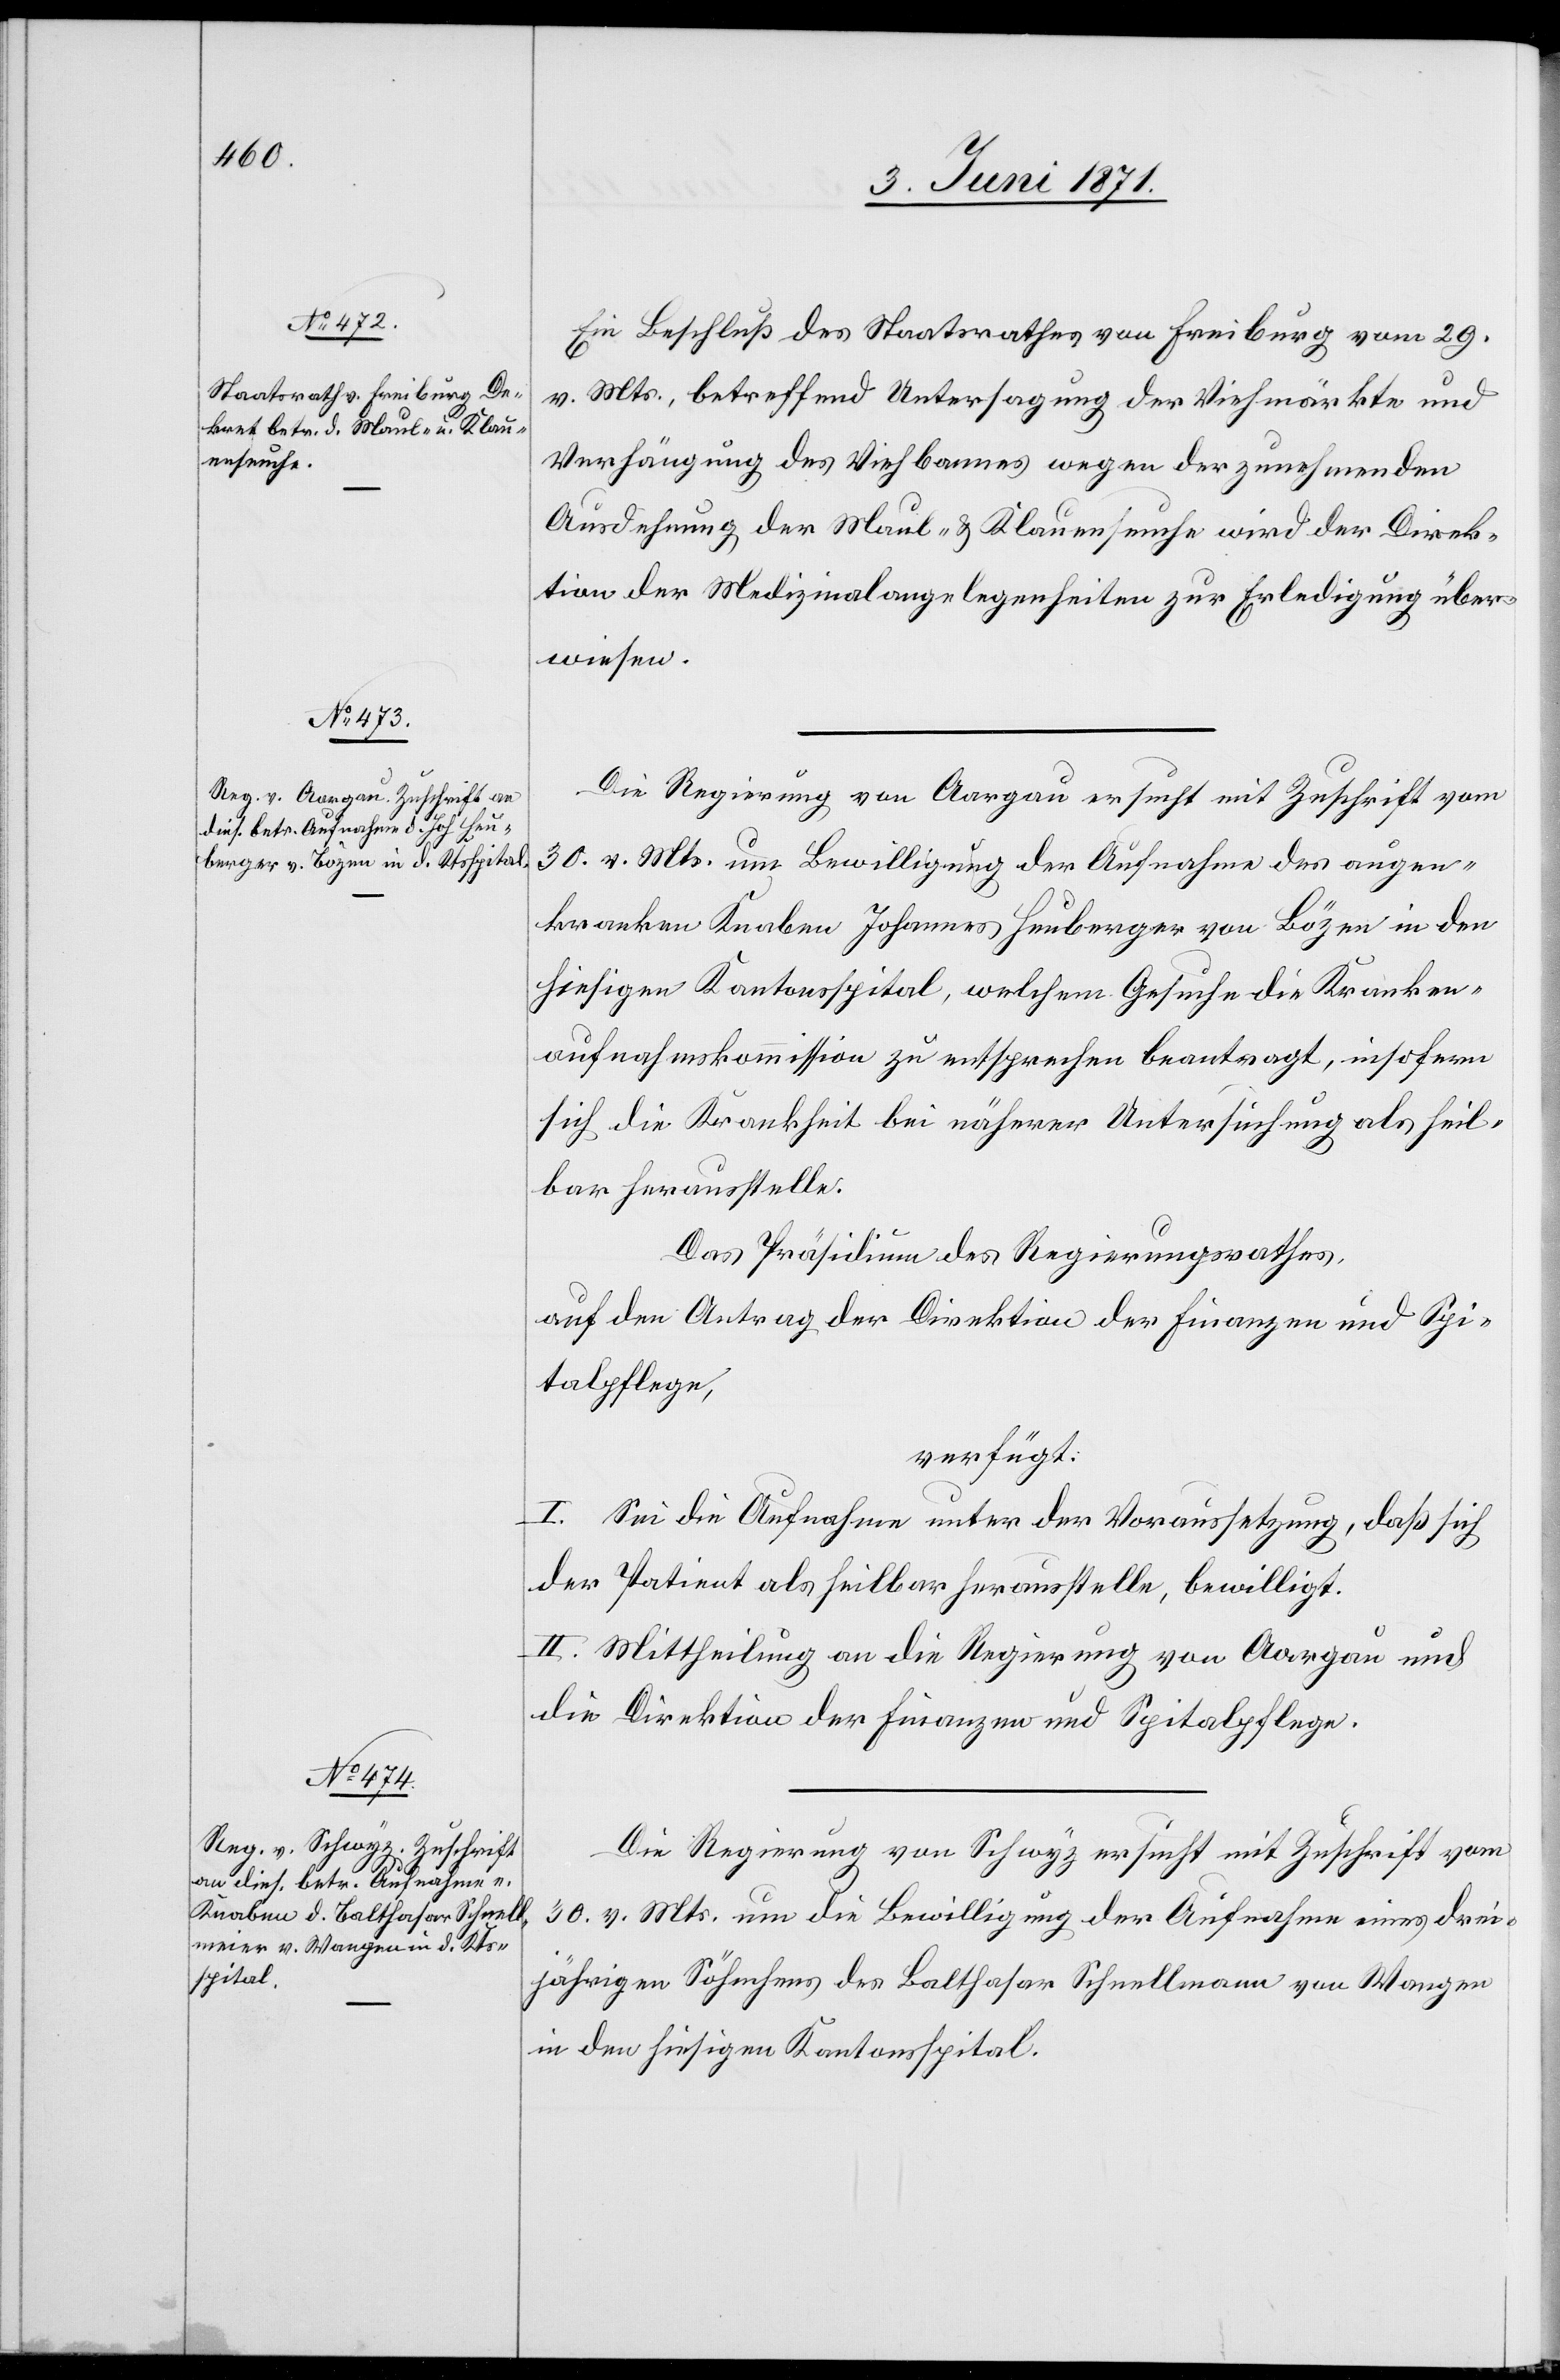
5. Juni 1871.]
Ein Beschluß des Staatsrathes von Freiburg vom 29.
v. Mts., betreffend Untersagung der Viehmärkte und
Verhängung des Viehbannes wegen der zunehmenden
Ausdehnung der Maul- u. Klauenseuche wird der Direk¬
tion der Medizinalangelegenheiten zur Erledigung über¬
wiesen.
Die Regierung von Aargau ersucht mit Zuschrift vom
30. v. Mts. um Bewilligung der Aufnahme des augen¬
kranken Knaben Johannes Heuberger von Bözen in den
hiesigen Kantonsspital, welchem Gesuche die Kranken¬
aufnahmskommission zu entsprechen beantragt, insofern
sich die Krankheit bei näherer Untersuchung als heil¬
bar herausstelle.
Das Präsidium des Regierungsrathes,
auf den Antrag der Direktion der Finanzen und Spi¬
talpflege,
verfügt:
I. Sei die Aufnahme unter der Voraussetzung, daß sich
der Patient als heilbar herausstelle, bewilligt.
II. Mittheilung an die Regierung von Aargau und
die Direktion der Finanzen und Spitalpflege.
Die Regierung von Schwyz ersucht mit Zuschrift vom
30. v. Mts. um die Bewilligung der Aufnahme eines drei¬
jährigen Söhnchens des Balthasar Schnellmann von Wangen
in den hiesigen Kantonsspital.